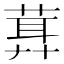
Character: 𦶪